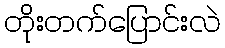
တိုးတက်ပြောင်းလဲ